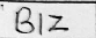
Transcription: BIZ